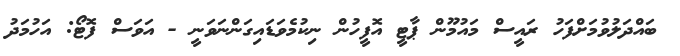
ބައްދަލުވުމަށްފަހު ރައީސް މައުމޫން ޕާޓީ އޮފީހުން ނިކުމެވަޑައިގަންނަވަނީ - އަވަސް ފޮޓޯ: އަހުމަދު